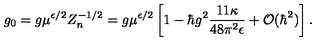
g _ { 0 } = g \mu ^ { \epsilon / 2 } Z _ { n } ^ { - 1 / 2 } = g \mu ^ { \epsilon / 2 } \left[ 1 - \hbar g ^ { 2 } \frac { 1 1 \kappa } { 4 8 \pi ^ { 2 } \epsilon } + { \cal O } ( \hbar ^ { 2 } ) \right] .